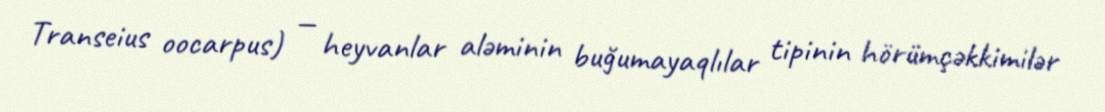
Transeius oocarpus) — heyvanlar aləminin buğumayaqlılar tipinin hörümçəkkimilər